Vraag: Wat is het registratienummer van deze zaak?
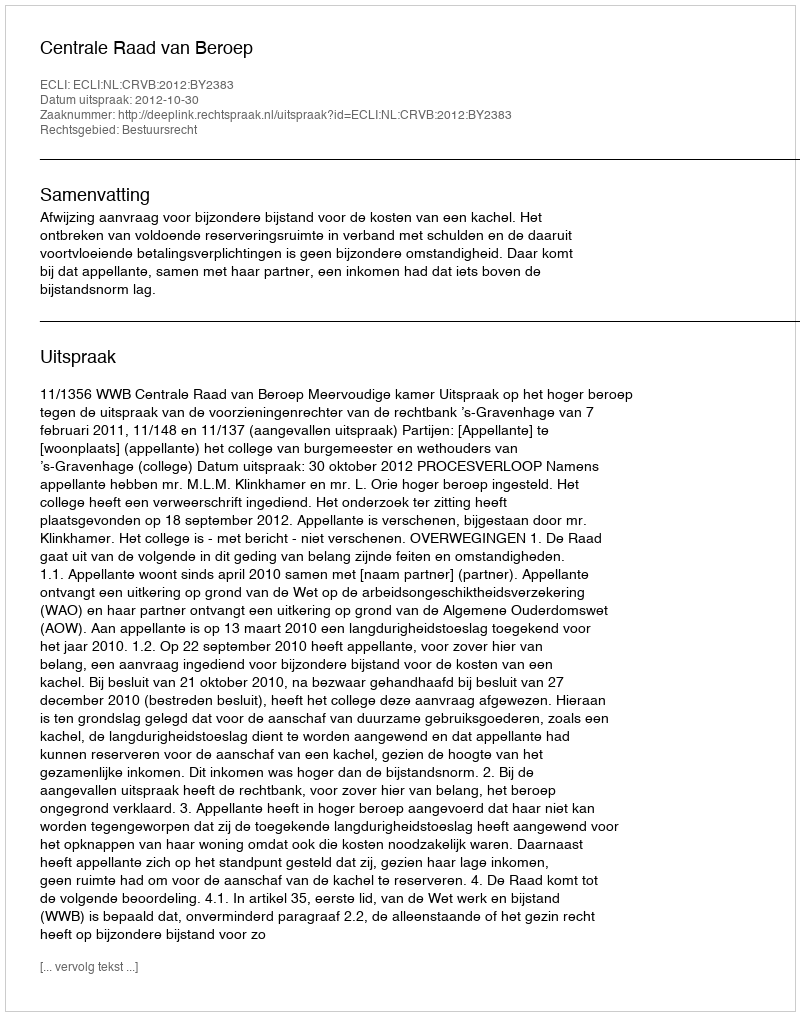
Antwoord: http://deeplink.rechtspraak.nl/uitspraak?id=ECLI:NL:CRVB:2012:BY2383